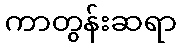
ကာတွန်းဆရာ